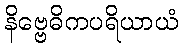
နိဗ္ဗေဓိကပရိယာယံ